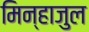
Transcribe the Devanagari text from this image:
मिन्हाजुल